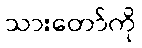
သားတော်ကို